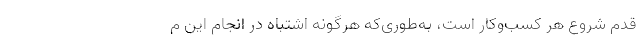
قدم شروع هر کسب‌وکار است، به‌طوری‌که هرگونه اشتباه در انجام این م